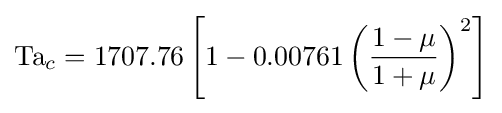
\mathrm {Ta} _{c}=1707.76\left[1-0.00761\left({\frac {1-\mu }{1+\mu }}\right)^{2}\right]